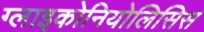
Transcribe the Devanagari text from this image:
ग्लाइकोनियोलिसिस